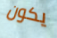
يكون